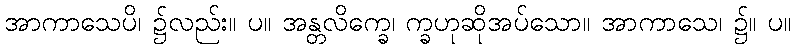
အာကာသေပိ၊ ၌လည်း။ ပ။ အန္တလိက္ခေ၊ က္ခဟုဆိုအပ်သော။ အာကာသေ၊ ၌။ ပ။